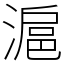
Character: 滬